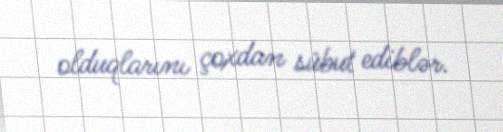
olduqlarını çoxdan sübut ediblər.